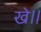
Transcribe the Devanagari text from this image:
खे॥